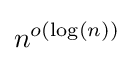
n^{o(\log(n))}